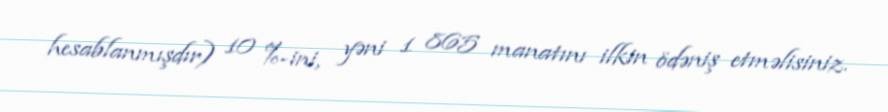
hesablanmışdır) 10 %-ini, yəni 1 865 manatını ilkin ödəniş etməlisiniz.